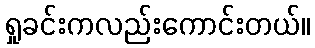
ရှုခင်းကလည်းကောင်းတယ်။